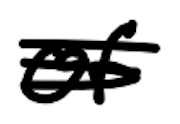
Text: of
Cross-out: scratch
Writing tool: digital_black